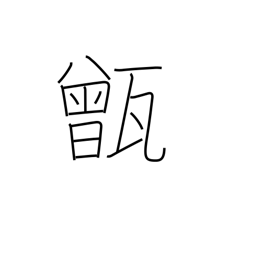
Meaning: rice-steaming pot